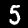
Digit: 5